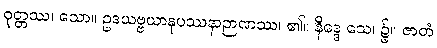
ဝုတ္တဿ၊ သော။ ဥဒယဗ္ဗယာနုပဿနာဉာဏဿ၊ ၏။ နိဒ္ဒေ သေ၊ ၌။ ဇာတံ